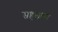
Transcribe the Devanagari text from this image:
सहलाया